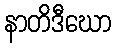
နာတိဒီဃော